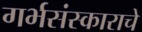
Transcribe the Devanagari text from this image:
गर्भसंस्काराचे